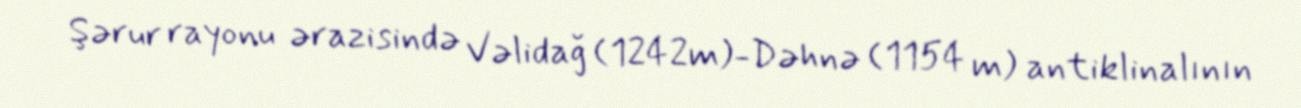
Şərur rayonu ərazisində Vəlidağ (1242m)-Dəhnə (1154 m) antiklinalının